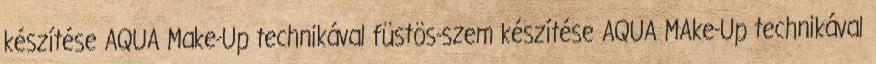
készítése AQUA Make-Up technikával füstös-szem készítése AQUA MAke-Up technikával